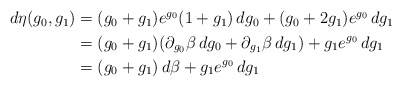
\begin{align*}\begin{aligned}d\eta(g_0,g_1)&=(g_0+g_1)e^{g_0}(1+g_1)\,dg_0+(g_0+2g_1)e^{g_0}\,dg_1\\&=(g_0+g_1)(\partial_{g_0}\beta\,dg_0+\partial_{g_1}\beta\,dg_1)+g_1e^{g_0}\,dg_1\\&=(g_0+g_1)\,d\beta+g_1e^{g_0}\,dg_1\end{aligned}\end{align*}